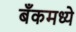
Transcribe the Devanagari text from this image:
बँकमध्ये